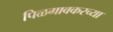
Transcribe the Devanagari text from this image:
पिळगावकरच्या